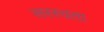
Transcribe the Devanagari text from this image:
सरस्वता